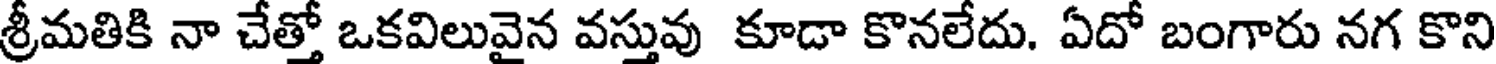
శ్రీమతికి నా చేత్తో ఒకవిలువైన వస్తువు కూడా కొనలేదు. ఏదో బంగారు నగ కొని